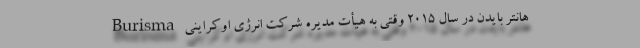
هانتر بایدن در سال ۲۰۱۵ وقتی به هیأت مدیره شرکت انرژی اوکراینی Burisma